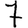
Digit: 7